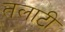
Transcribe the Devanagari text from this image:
तलाटी